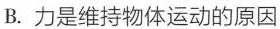
B. 力是维持物体运动的原因